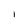
Character: l